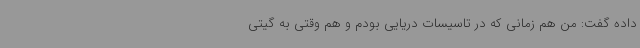
داده گفت: من هم زمانی که در تاسیسات دریایی بودم و هم وقتی به گیتی